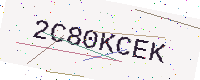
Text: 2C80KCEK